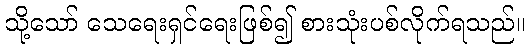
သို့သော် သေရေးရှင်ရေးဖြစ်၍ စားသုံးပစ်လိုက်ရသည်။